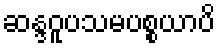
ဆန္ဒဝူပသမပစ္စယာပိ